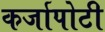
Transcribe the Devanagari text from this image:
कर्जापोटी